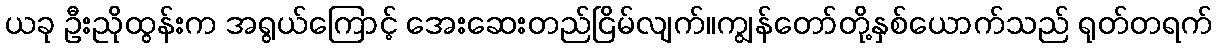
ယခု ဦးညိုထွန်းက အရွယ်ကြောင့် အေးဆေးတည်ငြိမ်လျက်။ကျွန်တော်တို့နှစ်ယောက်သည် ရုတ်တရက်